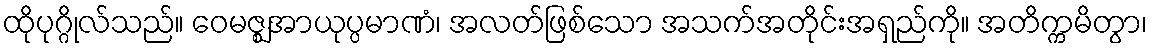
ထိုပုဂ္ဂိုလ်သည်။ ဝေမဇ္ဈအာယုပ္ပမာဏံ၊ အလတ်ဖြစ်သော အသက်အတိုင်းအရှည်ကို။ အတိက္ကမိတွာ၊